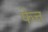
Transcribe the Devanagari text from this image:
फेत्त